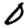
Digit: 0